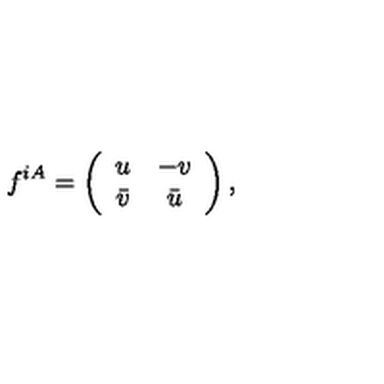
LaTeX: f ^ { i A } = \left( \begin{array} { c c } { u } & { - v } \\ { \bar { v } } & { \bar { u } } \\ \end{array} \right) ,